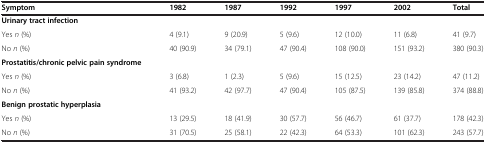
| Symptom | 1982 | 1987 | 1992 | 1997 | 2002 | Total |
 | --- | --- | --- | --- | --- | --- | --- |
 | Urinary tract infection |  |  |  |  |  |  |
 | Yes n (%) | 4 (9.1) | 9 (20.9) | 5 (9.6) | 12 (10.0) | 11 (6.8) | 41 (9.7) |
 | No n (%) | 40 (90.9) | 34 (79.1) | 47 (90.4) | 108 (90.0) | 151 (93.2) | 380 (90.3) |
 | Prostatitis/chronic pelvic pain syndrome |  |  |  |  |  |  |
 | Yes n (%) | 3 (6.8) | 1 (2.3) | 5 (9.6) | 15 (12.5) | 23 (14.2) | 47 (11.2) |
 | No n (%) | 41 (93.2) | 42 (97.7) | 47 (90.4) | 105 (87.5) | 139 (85.8) | 374 (88.8) |
 | Benign prostatic hyperplasia |  |  |  |  |  |  |
 | Yes n (%) | 13 (29.5) | 18 (41.9) | 30 (57.7) | 56 (46.7) | 61 (37.7) | 178 (42.3) |
 | No n (%) | 31 (70.5) | 25 (58.1) | 22 (42.3) | 64 (53.3) | 101 (62.3) | 243 (57.7) |